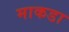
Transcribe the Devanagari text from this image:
माकडा